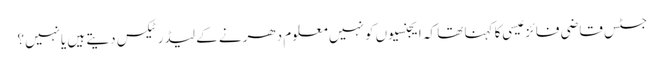
جسٹس قاضی فائز عیسی کا کہنا تھا کہ ایجنسیوں کو نہیں معلوم دھرنے کے لیڈرٹیکس دیتے ہیں یانہیں؟